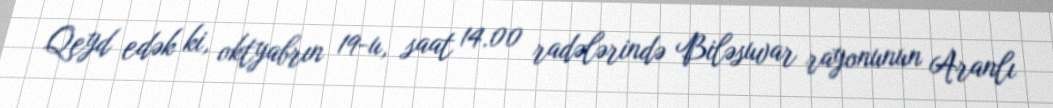
Qeyd edək ki, oktyabrın 19-u, saat 14.00 radələrində Biləsuvar rayonunun Aranlı